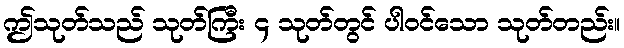
ဤသုတ်သည် သုတ်ကြီး ၄ သုတ်တွင် ပါဝင်သော သုတ်တည်း။